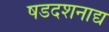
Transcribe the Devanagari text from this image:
षडदशनाद्य